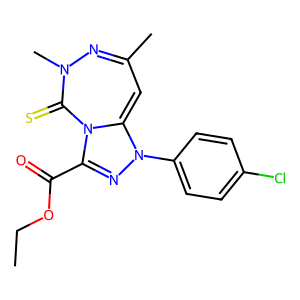
SMILES: CCOC(=O)C1=NN(c2ccc(Cl)cc2)C2=CC(C)=NN(C)C(=S)N21
Inhibits HIV replication: No